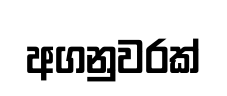
අගනුවරක්